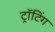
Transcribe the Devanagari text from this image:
ट्रॉटिंग